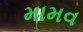
મામવ